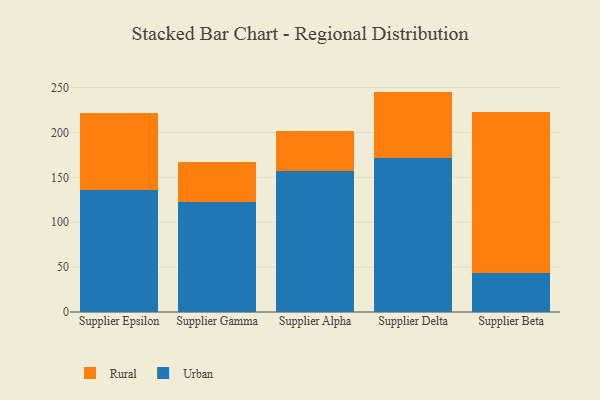
{"axis": {"x": "Supplier", "y": "Net Income (USD K)"}, "legend": ["Rural", "Urban"], "data": [{"x": "Supplier Epsilon", "y": 136.0, "type": "Urban"}, {"x": "Supplier Epsilon", "y": 85.7, "type": "Rural"}, {"x": "Supplier Gamma", "y": 122.6, "type": "Urban"}, {"x": "Supplier Gamma", "y": 44.2, "type": "Rural"}, {"x": "Supplier Alpha", "y": 157.5, "type": "Urban"}, {"x": "Supplier Alpha", "y": 44.5, "type": "Rural"}, {"x": "Supplier Delta", "y": 172.0, "type": "Urban"}, {"x": "Supplier Delta", "y": 73.5, "type": "Rural"}, {"x": "Supplier Beta", "y": 43.9, "type": "Urban"}, {"x": "Supplier Beta", "y": 178.4, "type": "Rural"}]}